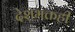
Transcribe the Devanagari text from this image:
देशभक्तही